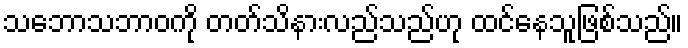
သဘောသဘာဝကို တတ်သိနားလည်သည်ဟု ထင်နေသူဖြစ်သည်။